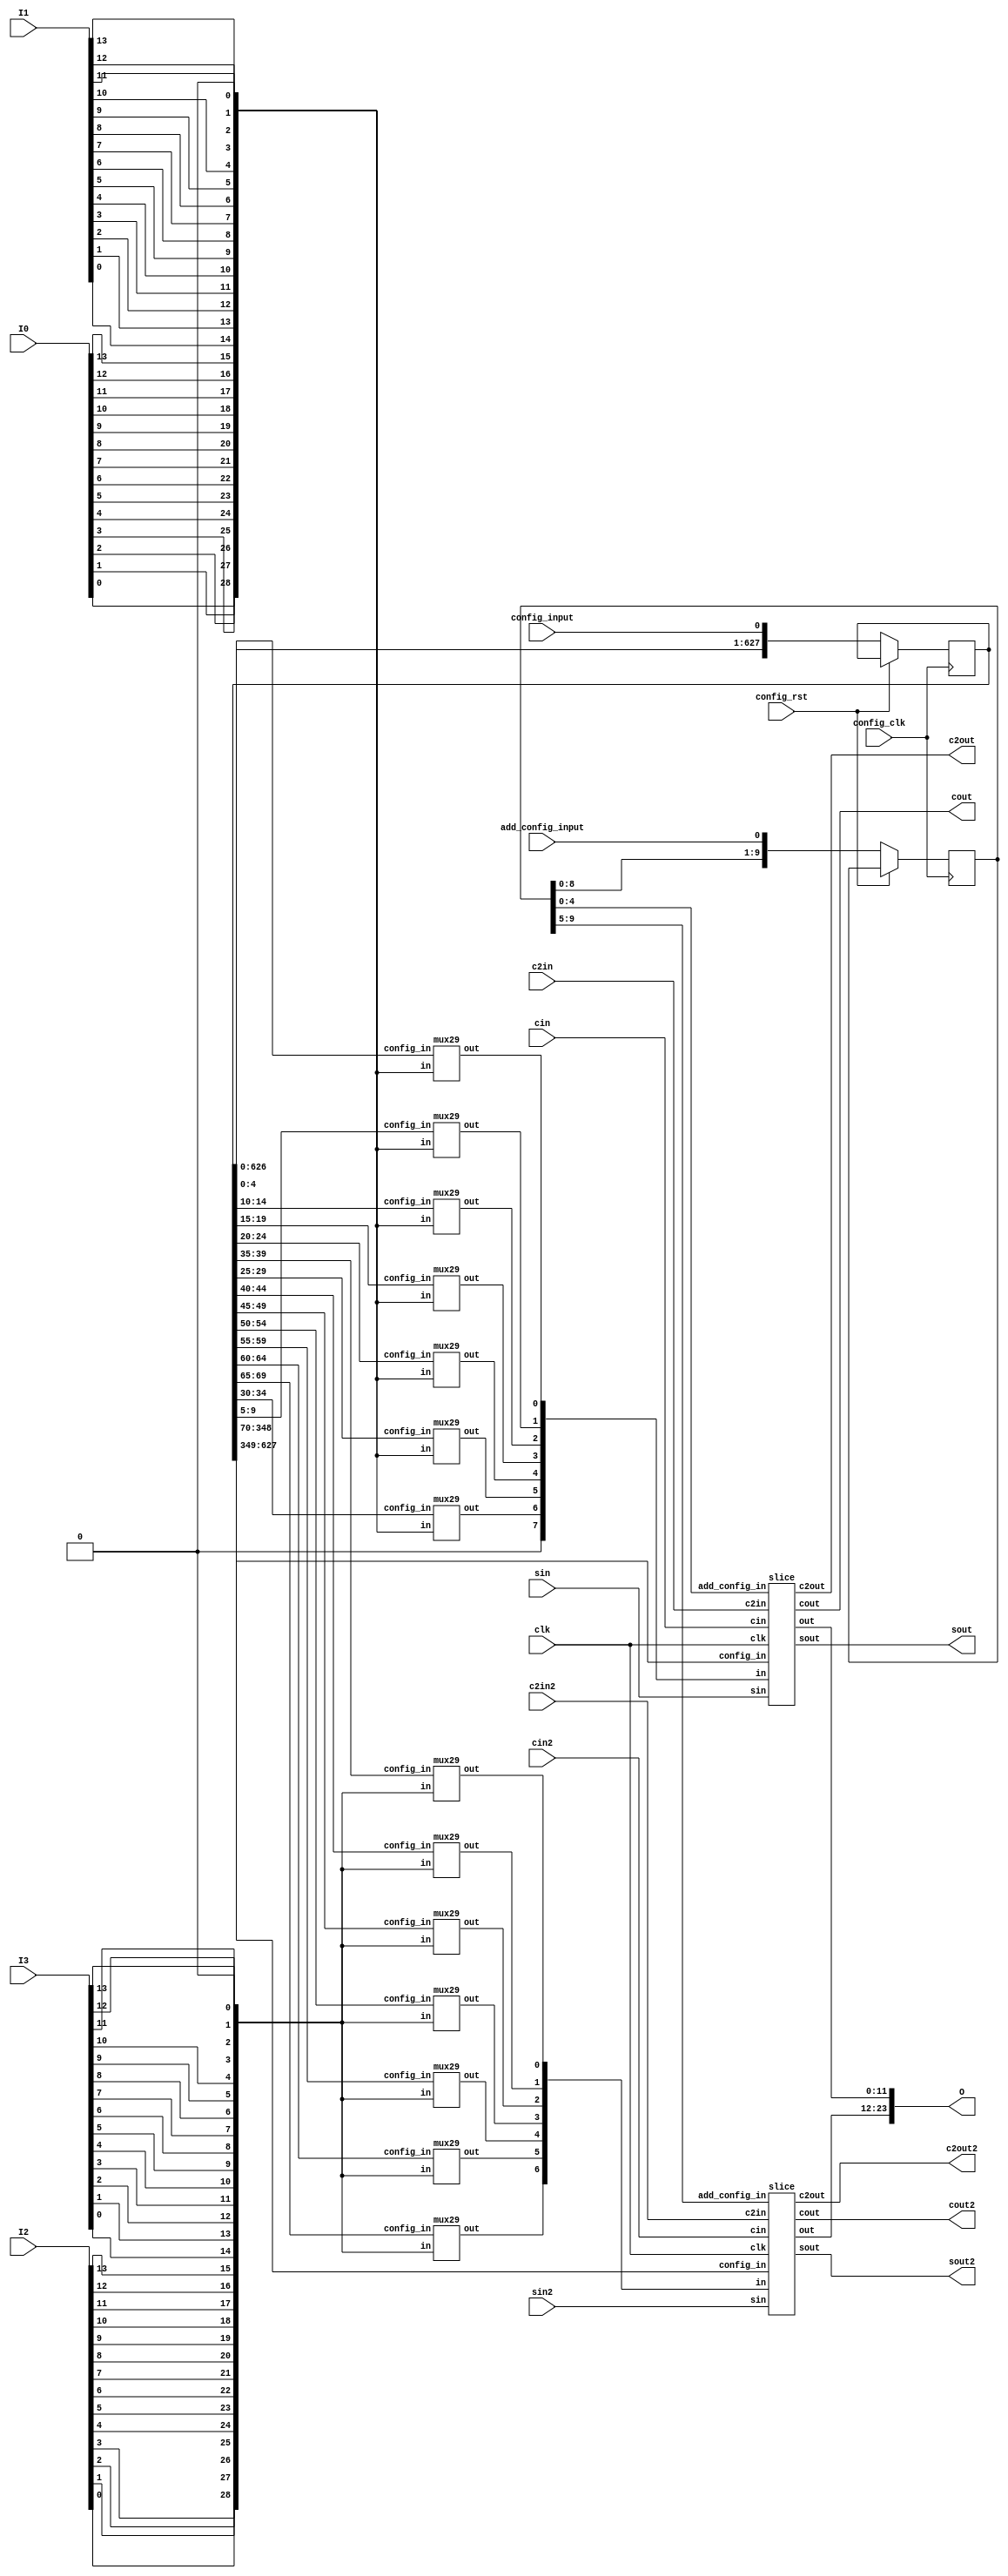
// 48 inputs to CLB
// 27 inputs to each 

/////////////////////////////////////////////////////
////////////////////// clb  /////////////////////////
/////////////////////////////////////////////////////
module clb (
	input [13:0]I0,
	input [13:0]I1,
	input [13:0]I2,
	input [13:0]I3,
	input [0:0]clk,
	input cin,
	output cout,
	input cin2,
	output cout2,
	input c2in,
	output c2out,
	input c2in2,
	output c2out2,
	input sin,
	output sout,
	input sin2,
	output sout2,
	output [23:0]O,
	input config_input,
	input add_config_input,
	input config_clk,
	input config_rst
);

reg [627:0]config_in;
reg [9:0]add_config_in;

always @ (posedge config_clk) begin
	if (!config_rst) begin
		config_in <= {config_in[626:0], config_input};
		add_config_in <= {add_config_in[8:0], add_config_input};
	end
end


////////child (0,0,0)////////
wire [27:0]in_notfle_0;//input to child
wire [0:0]clk_notfle_0;//clock to child
wire [11:0]out_notfle_0;//output from child
 
////////child (0,0,1)////////
wire [27:0]in_notfle_1;//input to child
wire [0:0]clk_notfle_1;//clock to child
wire [11:0]out_notfle_1;//output from child
 
wire ground;

mux29 mux_0 ( .in({I0[0], I0[1], I0[2], I0[3], I0[4], I0[5], I0[6], I0[7], I0[8], I0[9], I0[10], I0[11], I0[12], I0[13], I1[0], I1[1], I1[2], I1[3], I1[4], I1[5], I1[6], I1[7], I1[8], I1[9], I1[10], I1[11], I1[12], I1[13], ground}),  .config_in(config_in[ 0+:5]), .out(in_notfle_0[0]) );
mux29 mux_6 ( .in({I0[0], I0[1], I0[2], I0[3], I0[4], I0[5], I0[6], I0[7], I0[8], I0[9], I0[10], I0[11], I0[12], I0[13], I1[0], I1[1], I1[2], I1[3], I1[4], I1[5], I1[6], I1[7], I1[8], I1[9], I1[10], I1[11], I1[12], I1[13], ground}),  .config_in(config_in[ 5+:5]), .out(in_notfle_0[1]) );
mux29 mux_12 ( .in({I0[0], I0[1], I0[2], I0[3], I0[4], I0[5], I0[6], I0[7], I0[8], I0[9], I0[10], I0[11], I0[12], I0[13], I1[0], I1[1], I1[2], I1[3], I1[4], I1[5], I1[6], I1[7], I1[8], I1[9], I1[10], I1[11], I1[12], I1[13], ground}), .config_in(config_in[10+:5]), .out(in_notfle_0[2]) );
mux29 mux_18 ( .in({I0[0], I0[1], I0[2], I0[3], I0[4], I0[5], I0[6], I0[7], I0[8], I0[9], I0[10], I0[11], I0[12], I0[13], I1[0], I1[1], I1[2], I1[3], I1[4], I1[5], I1[6], I1[7], I1[8], I1[9], I1[10], I1[11], I1[12], I1[13], ground}), .config_in(config_in[15+:5]), .out(in_notfle_0[3]) );
mux29 mux_24 ( .in({I0[0], I0[1], I0[2], I0[3], I0[4], I0[5], I0[6], I0[7], I0[8], I0[9], I0[10], I0[11], I0[12], I0[13], I1[0], I1[1], I1[2], I1[3], I1[4], I1[5], I1[6], I1[7], I1[8], I1[9], I1[10], I1[11], I1[12], I1[13], ground}), .config_in(config_in[20+:5]), .out(in_notfle_0[4]) );
mux29 mux_30 ( .in({I0[0], I0[1], I0[2], I0[3], I0[4], I0[5], I0[6], I0[7], I0[8], I0[9], I0[10], I0[11], I0[12], I0[13], I1[0], I1[1], I1[2], I1[3], I1[4], I1[5], I1[6], I1[7], I1[8], I1[9], I1[10], I1[11], I1[12], I1[13], ground}), .config_in(config_in[25+:5]), .out(in_notfle_0[5]) );
mux29 mux_36 ( .in({I0[0], I0[1], I0[2], I0[3], I0[4], I0[5], I0[6], I0[7], I0[8], I0[9], I0[10], I0[11], I0[12], I0[13], I1[0], I1[1], I1[2], I1[3], I1[4], I1[5], I1[6], I1[7], I1[8], I1[9], I1[10], I1[11], I1[12], I1[13], ground}), .config_in(config_in[30+:5]), .out(in_notfle_0[6]) );
assign clk_notfle_0[0] = clk[0];
 

mux29 mux_298 ( .in({I2[0], I2[1], I2[2], I2[3], I2[4], I2[5], I2[6], I2[7], I2[8], I2[9], I2[10], I2[11], I2[12], I2[13], I3[0], I3[1], I3[2], I3[3], I3[4], I3[5], I3[6], I3[7], I3[8], I3[9], I3[10], I3[11], I3[12], I3[13], ground}), .config_in(config_in[35+:5]), .out(in_notfle_1[0]) );
mux29 mux_304 ( .in({I2[0], I2[1], I2[2], I2[3], I2[4], I2[5], I2[6], I2[7], I2[8], I2[9], I2[10], I2[11], I2[12], I2[13], I3[0], I3[1], I3[2], I3[3], I3[4], I3[5], I3[6], I3[7], I3[8], I3[9], I3[10], I3[11], I3[12], I3[13], ground}), .config_in(config_in[40+:5]), .out(in_notfle_1[1]) );
mux29 mux_310 ( .in({I2[0], I2[1], I2[2], I2[3], I2[4], I2[5], I2[6], I2[7], I2[8], I2[9], I2[10], I2[11], I2[12], I2[13], I3[0], I3[1], I3[2], I3[3], I3[4], I3[5], I3[6], I3[7], I3[8], I3[9], I3[10], I3[11], I3[12], I3[13], ground}), .config_in(config_in[45+:5]), .out(in_notfle_1[2]) );
mux29 mux_316 ( .in({I2[0], I2[1], I2[2], I2[3], I2[4], I2[5], I2[6], I2[7], I2[8], I2[9], I2[10], I2[11], I2[12], I2[13], I3[0], I3[1], I3[2], I3[3], I3[4], I3[5], I3[6], I3[7], I3[8], I3[9], I3[10], I3[11], I3[12], I3[13], ground}), .config_in(config_in[50+:5]), .out(in_notfle_1[3]) );
mux29 mux_322 ( .in({I2[0], I2[1], I2[2], I2[3], I2[4], I2[5], I2[6], I2[7], I2[8], I2[9], I2[10], I2[11], I2[12], I2[13], I3[0], I3[1], I3[2], I3[3], I3[4], I3[5], I3[6], I3[7], I3[8], I3[9], I3[10], I3[11], I3[12], I3[13], ground}), .config_in(config_in[55+:5]), .out(in_notfle_1[4]) );
mux29 mux_328 ( .in({I2[0], I2[1], I2[2], I2[3], I2[4], I2[5], I2[6], I2[7], I2[8], I2[9], I2[10], I2[11], I2[12], I2[13], I3[0], I3[1], I3[2], I3[3], I3[4], I3[5], I3[6], I3[7], I3[8], I3[9], I3[10], I3[11], I3[12], I3[13], ground}), .config_in(config_in[60+:5]), .out(in_notfle_1[5]) );
mux29 mux_334 ( .in({I2[0], I2[1], I2[2], I2[3], I2[4], I2[5], I2[6], I2[7], I2[8], I2[9], I2[10], I2[11], I2[12], I2[13], I3[0], I3[1], I3[2], I3[3], I3[4], I3[5], I3[6], I3[7], I3[8], I3[9], I3[10], I3[11], I3[12], I3[13], ground}), .config_in(config_in[65+:5]), .out(in_notfle_1[6]) );
assign clk_notfle_1[0] = clk[0];
 
slice slice_0 ( .sin(sin), .sout(sout), 
		.c2in(c2in), .c2out(c2out),
		.cin(cin), .cout(cout), .add_config_in(add_config_in[4:0]), 
		.clk(clk_notfle_0), .in(in_notfle_0), .out(out_notfle_0), 
		.config_in(config_in[348: 70]) ); //block instantiation
slice slice_1 ( .sin(sin2), .sout(sout2),
		.c2in(c2in2), .c2out(c2out2),
		.cin(cin2), .cout(cout2), .add_config_in(add_config_in[9:5]), 
		.clk(clk_notfle_1), .in(in_notfle_1), .out(out_notfle_1), 
		.config_in(config_in[627:349]) ); //block instantiation

//child output to block output
assign O[0] = out_notfle_0[0];
assign O[1] = out_notfle_0[1];
assign O[2] = out_notfle_0[2];
assign O[3] = out_notfle_0[3];
assign O[4] = out_notfle_0[4];
assign O[5] = out_notfle_0[5];
assign O[6] = out_notfle_0[6];
assign O[7] = out_notfle_0[7];
assign O[8] = out_notfle_0[8];
assign O[9] = out_notfle_0[9];
assign O[10] = out_notfle_0[10];
assign O[11] = out_notfle_0[11];
assign O[12] = out_notfle_1[0];
assign O[13] = out_notfle_1[1];
assign O[14] = out_notfle_1[2];
assign O[15] = out_notfle_1[3];
assign O[16] = out_notfle_1[4];
assign O[17] = out_notfle_1[5];
assign O[18] = out_notfle_1[6];
assign O[19] = out_notfle_1[7];
assign O[20] = out_notfle_1[8];
assign O[21] = out_notfle_1[9];
assign O[22] = out_notfle_1[10];
assign O[23] = out_notfle_1[11];

assign ground = 1'b0;

endmodule

/////////////////////////////////////////////////////
///////////////////// notfle /////////////////////////
/////////////////////////////////////////////////////
module slice (
	input [27:0]in,
	input [0:0]clk,
	output [11:0]out,
	input cin,
	output cout,
	input c2in,
	output c2out,
	input sin,
	output sout,
	input [4:0] add_config_in,
	input [278:0]config_in
);

////////child (0,0,0)////////
wire [5:0]in_ble6_0;//input to child
wire [0:0]clk_ble6_0;//clock to child
wire [1:0]out_ble6_0;//output from child
 
////////child (0,0,1)////////
wire [5:0]in_ble6_1;//input to child
wire [0:0]clk_ble6_1;//clock to child
wire [1:0]out_ble6_1;//output from child
 
////////child (0,0,2)////////
wire [5:0]in_ble6_2;//input to child
wire [0:0]clk_ble6_2;//clock to child
wire [1:0]out_ble6_2;//output from child
 
////////child (0,0,3)////////
wire [5:0]in_ble6_3;//input to child
wire [0:0]clk_ble6_3;//clock to child
wire [1:0]out_ble6_3;//output from child
 
wire ground;

assign in_ble6_0[0] = in[0];
assign in_ble6_0[1] = in[1];
assign in_ble6_0[2] = in[2];
assign in_ble6_0[3] = in[3];
assign in_ble6_0[4] = in[4];
assign in_ble6_0[5] = in[5];
assign clk_ble6_0[0] = clk[0];
 
assign in_ble6_1[0] = in[7];
assign in_ble6_1[1] = in[8];
assign in_ble6_1[2] = in[9];
assign in_ble6_1[3] = in[10];
assign in_ble6_1[4] = in[11];
assign in_ble6_1[5] = in[12];
assign clk_ble6_1[0] = clk[0];
 
assign in_ble6_2[0] = in[14];
assign in_ble6_2[1] = in[15];
assign in_ble6_2[2] = in[16];
assign in_ble6_2[3] = in[17];
assign in_ble6_2[4] = in[18];
assign in_ble6_2[5] = in[19];
assign clk_ble6_2[0] = clk[0];
 
assign in_ble6_3[0] = in[21];
assign in_ble6_3[1] = in[22];
assign in_ble6_3[2] = in[23];
assign in_ble6_3[3] = in[24];
assign in_ble6_3[4] = in[25];
assign in_ble6_3[5] = in[26];
assign clk_ble6_3[0] = clk[0];
 
// 4 fracturable LUTs
ble6 ble6_0 ( .clk(clk_ble6_0), .in(in_ble6_0), .out(out_ble6_0), .config_in(config_in[ 63: 0]) ); //block instantiation
ble6 ble6_1 ( .clk(clk_ble6_1), .in(in_ble6_1), .out(out_ble6_1), .config_in(config_in[127:64]) ); //block instantiation
ble6 ble6_2 ( .clk(clk_ble6_2), .in(in_ble6_2), .out(out_ble6_2), .config_in(config_in[191:128]) ); //block instantiation
ble6 ble6_3 ( .clk(clk_ble6_3), .in(in_ble6_3), .out(out_ble6_3), .config_in(config_in[255:192]) ); //block instantiation

// carry chain
wire [3:0] prop;
assign prop = {out_ble6_0[1], out_ble6_1[1], out_ble6_2[1], out_ble6_3[1]};
wire [3:0] gen;
assign gen = {out_ble6_0[0], out_ble6_1[0], out_ble6_2[0], out_ble6_3[0]};
wire [3:0] ix;
assign ix = {in[6], in[13], in[20], in[27]};

wire [3:0] sumout;
wire [3:0] carry;

carrychain_2b carrychain0 (
		.sin_slice(sin), .sout_slice(sout), 
		.add_config_in(add_config_in[4]),
		.c2in(c2in), .c2out_slice(c2out),
		.config_in(add_config_in[3:0]), .cout_slice(cout), 
		.cin(cin), .p(prop), .g(gen), .ix(ix), .sout(sumout), .cout(carry));

// extra MUXing for wider LUTs
wire lut7_bot, lut7_top, lut8;

assign lut7_bot = ix[0]? out_ble6_0[1] : out_ble6_1[1];
assign lut7_top = ix[2]? out_ble6_2[1] : out_ble6_3[1];
assign lut8 = ix[1]? lut7_bot : lut7_top;

// FF
wire D_ff_0, D_ff_1, D_ff_2, D_ff_3;
wire Q_ff_0, Q_ff_1, Q_ff_2, Q_ff_3;

mux6 mux6_out0 (.in({out_ble6_0, ix[0], sumout[0], carry[0], lut7_bot}),
	.out(D_ff_0), .config_in(config_in[258:256]));
mux6 mux6_out1 (.in({out_ble6_1, ix[1], sumout[1], carry[1], lut8}),
	.out(D_ff_1), .config_in(config_in[261:259]));
mux6 mux6_out2 (.in({out_ble6_2, ix[2], sumout[2], carry[2], lut7_top}),
	.out(D_ff_2), .config_in(config_in[264:262]));
mux5 mux5_out3 (.in({out_ble6_3, ix[3], sumout[3], carry[3]}),
	.out(D_ff_3), .config_in(config_in[267:265]));

ff ff_0 ( .clk(clk), .D(D_ff_0), .Q(Q_ff_0) );
ff ff_1 ( .clk(clk), .D(D_ff_1), .Q(Q_ff_1) );
ff ff_2 ( .clk(clk), .D(D_ff_2), .Q(Q_ff_2) );
ff ff_3 ( .clk(clk), .D(D_ff_3), .Q(Q_ff_3) );

assign out[1] = Q_ff_0;
assign out[3] = Q_ff_1;
assign out[5] = Q_ff_2;
assign out[7] = Q_ff_3;

mux5 mux5_out0 (.in({out_ble6_0, sumout[0], carry[0], lut7_bot}),
	.out(out[0]), .config_in(config_in[270:268]));
mux5 mux5_out1 (.in({out_ble6_1, sumout[1], carry[1], lut8}),
	.out(out[2]), .config_in(config_in[273:271]));
mux5 mux5_out2 (.in({out_ble6_2, sumout[2], carry[2], lut7_top}),
	.out(out[4]), .config_in(config_in[276:274]));
mux4 mux4_out3 (.in({out_ble6_3, sumout[3], carry[3]}),
	.out(out[5]), .config_in(config_in[278:277]));

assign ground = 1'b0;

endmodule



/////////////////////////////////////////////////////
///////////////////// carry /////////////////////////
/////////////////////////////////////////////////////


// Delay focussed carrychain
// 1. you could create 4 extra XORs where sumout and p are hard wired
// 2. you could create 4 MUXes controlled by p signal to select cin or !cin
// I chose to do 1st way.
module carrychain_1b (
	input [3:0]config_in,
	input sin_slice,
	output sout_slice,
	input cin,
	input [3:0]p,
	input [3:0]g,
	input [3:0]ix,
	output [3:0]sout,
	output [3:0]cout,
	output cout_slice
);

wire [3:0]gen;
assign gen[0] = config_in[0] ? g[0] : ix[0];
assign gen[1] = config_in[1] ? g[1] : ix[1];
assign gen[2] = config_in[2] ? g[2] : ix[2];
assign gen[3] = config_in[3] ? g[3] : ix[3];

wire [3:0]cout_internal;
wire [3:0]sout_internal;

assign cout[0] = p[0] ? gen[0] : cin;
assign cout[1] = p[1] ? gen[1] : cout[0];
assign cout[2] = p[2] ? gen[2] : cout[1];
assign cout[3] = p[3] ? gen[3] : cout[2];

assign sout[0] = p[0] ^ cin;    
assign sout[1] = p[1] ^ cout[0];
assign sout[2] = p[2] ^ cout[1];
assign sout[3] = p[3] ^ cout[2];

assign cout_slice = cout[3];

wire [3:0]sin_internal;

assign sin_internal[0] = sin_slice       ^ p[0];
assign sin_internal[1] = sin_internal[0] ^ p[1];
assign sin_internal[2] = sin_internal[1] ^ p[2];
assign sout_slice      = sin_internal[2] ^ p[3];

endmodule



// Area focussed
// Adding 4 more MUX
// 2 adders 
module carrychain_2a (
	input [3:0]config_in,
	input add_config_in,
	input cin,
	output cout_slice,
	input c2in,
	output c2out_slice,
	input [3:0]p,
	input [3:0]g,
	input [3:0]ix,
	output [3:0]sout,
	output [3:0]cout
);

wire [3:0]gen;
assign gen[0] = config_in[0] ? g[0] : ix[0];
assign gen[1] = config_in[1] ? g[1] : ix[1];
assign gen[2] = config_in[2] ? g[2] : ix[2];
assign gen[3] = config_in[3] ? g[3] : ix[3];

wire [3:0]cout_internal;
wire [3:0]sout_internal;
wire [3:0]cin_internal;

assign cin_internal[0] = cin; 
assign cin_internal[1] = add_config_in ? sout_internal[0] : cout[0];
assign cin_internal[2] = add_config_in ? sout_internal[1] : cout[1];
assign cin_internal[3] = add_config_in ? sout_internal[2] : cout[2];

assign cout[0] = p[0] ? gen[0] : cin_internal[0];
assign cout[1] = p[1] ? gen[1] : cin_internal[1];
assign cout[2] = p[2] ? gen[2] : cin_internal[2];
assign cout[3] = p[3] ? gen[3] : cin_internal[3];

assign sout_internal[0] = p[0] ^ cin_internal[0];
assign sout_internal[1] = p[1] ^ cin_internal[1];
assign sout_internal[2] = p[2] ^ cin_internal[2];
assign sout_internal[3] = p[3] ^ cin_internal[3];

wire temp_cout;
wire [1:0]temp_sum;

adder adder0 (.x(cout[0]), .y(cout[1]), .cin(c2in), .cout(temp_sum[0]), .s(temp_cout));
adder adder1 (.x(cout[2]), .y(cout[3]), .cin(temp_cout), .cout(temp_sum[1]), .s(c2out_slice));

assign cout_slice = add_config_in ? sout[3] : cout[3];

assign sout[0] = add_config_in ? temp_sum[0] : sout_internal[0];
assign sout[2] = add_config_in ? temp_sum[1] : sout_internal[2];
assign sout[1] = sout_internal[1];
assign sout[3] = sout_internal[3];

endmodule

// Delay focussed carrychain
// Create 4 extra XORs where sumout and p are hard wired
// 2 adders
module carrychain_2b (
	input [3:0]config_in,
	input add_config_in,
	input sin_slice,
	output sout_slice,
	input c2in,
	output c2out_slice,
	input cin,
	output cout_slice,
	input [3:0]p,
	input [3:0]g,
	input [3:0]ix,
	output [3:0]sout,
	output [3:0]cout
);

wire [3:0]gen;
assign gen[0] = config_in[0] ? g[0] : ix[0];
assign gen[1] = config_in[1] ? g[1] : ix[1];
assign gen[2] = config_in[2] ? g[2] : ix[2];
assign gen[3] = config_in[3] ? g[3] : ix[3];

wire [3:0]cout_internal;
wire [3:0]sout_internal;

assign cout[0] = p[0] ? gen[0] : cin;
assign cout[1] = p[1] ? gen[1] : cout[0];
assign cout[2] = p[2] ? gen[2] : cout[1];
assign cout[3] = p[3] ? gen[3] : cout[2];

assign sout_internal[0] = p[0] ^ cin;    
assign sout_internal[1] = p[1] ^ cout[0];
assign sout_internal[2] = p[2] ^ cout[1];
assign sout_internal[3] = p[3] ^ cout[2];


wire [3:0]sin_internal;

assign sin_internal[0] = sin_slice       ^ p[0];
assign sin_internal[1] = sin_internal[0] ^ p[1];
assign sin_internal[2] = sin_internal[1] ^ p[2];
assign sout_slice      = sin_internal[2] ^ p[3];

wire temp_cout;
wire [1:0]temp_sum;

adder adder0 (.x(cout[0]), .y(cout[1]), .cin(c2in), .cout(temp_sum[0]), .s(temp_cout));
adder adder1 (.x(cout[2]), .y(cout[3]), .cin(temp_cout), .cout(temp_sum[1]), .s(c2out_slice));

assign cout_slice = cout[3];

assign sout[0] = add_config_in ? temp_sum[0] : sout_internal[0];
assign sout[2] = add_config_in ? temp_sum[1] : sout_internal[2];
assign sout[1] = sout_internal[1];
assign sout[3] = sout_internal[3];

endmodule


// Area focussed
// Adding 4 more MUX 
module carrychain_1a (
	input [3:0]config_in,
	input add_config_in,
	input cin,
	input [3:0]p,
	input [3:0]g,
	input [3:0]ix,
	output [3:0]sout,
	output [3:0]cout,
	output cout_slice
);

wire [3:0]gen;
assign gen[0] = config_in[0] ? g[0] : ix[0];
assign gen[1] = config_in[1] ? g[1] : ix[1];
assign gen[2] = config_in[2] ? g[2] : ix[2];
assign gen[3] = config_in[3] ? g[3] : ix[3];

wire [3:0]cout_internal;
wire [3:0]sout_internal;
wire [3:0]cin_internal;

assign cin_internal[0] = cin; 
assign cin_internal[1] = add_config_in ? sout[0] : cout[0];
assign cin_internal[2] = add_config_in ? sout[1] : cout[1];
assign cin_internal[3] = add_config_in ? sout[2] : cout[2];

assign cout[0] = p[0] ? gen[0] : cin_internal[0];
assign cout[1] = p[1] ? gen[1] : cin_internal[1];
assign cout[2] = p[2] ? gen[2] : cin_internal[2];
assign cout[3] = p[3] ? gen[3] : cin_internal[3];

assign sout[0] = p[0] ^ cin_internal[0];
assign sout[1] = p[1] ^ cin_internal[1];
assign sout[2] = p[2] ^ cin_internal[2];
assign sout[3] = p[3] ^ cin_internal[3];

assign cout_slice = add_config_in ? sout[3] : cout[3];

endmodule

module carrychain (
	input [3:0]config_in,
	input cin,
	input [3:0]p,
	input [3:0]g,
	input [3:0]ix,
	output [3:0]sout,
	output [3:0]cout,
	output cout_slice
);

wire [3:0]gen;
assign gen[0] = config_in[0] ? g[0] : ix[0];
assign gen[1] = config_in[1] ? g[1] : ix[1];
assign gen[2] = config_in[2] ? g[2] : ix[2];
assign gen[3] = config_in[3] ? g[3] : ix[3];

assign cout[0] = p[0] ? gen[0] : cin;
assign cout[1] = p[1] ? gen[1] : cout[0];
assign cout[2] = p[2] ? gen[2] : cout[1];
assign cout[3] = p[3] ? gen[3] : cout[2];

assign sout[0] = p[0] ^ cin;
assign sout[1] = p[1] ^ cout[0];
assign sout[2] = p[2] ^ cout[1];
assign sout[3] = p[3] ^ cout[2];

assign cout_slice = cout[3];

endmodule


/////////////////////////////////////////////////////
///////////////////// ble6 /////////////////////////
/////////////////////////////////////////////////////
module ble6 (
	input [5:0]in,
	input [0:0]clk,
	output [1:0]out, // [1] is O6 and [0] is O5
	input [63:0]config_in
);

////////child (0,0,0)////////
wire [5:0]in_lut5_0;//input to child
wire [0:0]out_lut5_0;//output from child
wire [0:0]out_lut5_1;//output from child
 
wire ground;

assign in_lut5_0[0] = in[0];
assign in_lut5_0[1] = in[1];
assign in_lut5_0[2] = in[2];
assign in_lut5_0[3] = in[3];
assign in_lut5_0[4] = in[4];
assign in_lut5_0[5] = in[5];
 
lut5 lut5_0 ( .in(in_lut5_0[4:0]), .out(out_lut5_0), .config_in(config_in[31:0]) ); //block instantiation
lut5 lut5_1 ( .in(in_lut5_0[4:0]), .out(out_lut5_1), .config_in(config_in[63:32]) ); //block instantiation

assign out[0] = out_lut5_0;
assign out[1] = in_lut5_0[5] ? out_lut5_0 : out_lut5_1;

endmodule

////////////////////////////////////////////////////
///////////////////// adder /////////////////////////
/////////////////////////////////////////////////////
module adder(x,y,cin,cout,s);

input x, y, cin;
output s, cout;

assign {cout,s} = x+y+cin;

endmodule


/////////////////////////////////////////////////////
///////////////////// ff /////////////////////////
/////////////////////////////////////////////////////
module ff ( input D, input reset, input clk, output reg Q );

always @ (posedge clk) begin
	if (!reset)
		Q <= 1'b0;
	else
		Q <= D;
end

endmodule

/////////////////////////////////////////////////////
///////////////////// mux2_inner /////////////////////////
/////////////////////////////////////////////////////

module mux2_prop (
	input [1:0]in,
	input [0:0]config_in,
	input config_rst,
	output out
);

assign out = config_in[0]? in[1] : in[0];

endmodule

module mux2_gen (
	input [1:0]in,
	input [0:0]config_in,
	input config_rst,
	output out
);

assign out = config_in[0]? in[1] : in[0];

endmodule


module mux2_lut5_0(
	input [1:0]in,
	input [0:0]config_in,
	input config_rst,
	output out
);

assign out = config_in[0]? in[1] : in[0];

endmodule
module mux2_lut5_1 (
	input [1:0]in,
	input [0:0]config_in,
	input config_rst,
	output out
);

assign out = config_in[0]? in[1] : in[0];

endmodule
module mux2_flut (
	input [1:0]in,
	input [0:0]config_in,
	input config_rst,
	output out
);

assign out = config_in[0]? in[1] : in[0];

endmodule
module mux2_lut6 (
	input [1:0]in,
	input [0:0]config_in,
	input config_rst,
	output out
);

assign out = config_in[0]? in[1] : in[0];

endmodule
module mux2_bypass (
	input [1:0]in,
	input [0:0]config_in,
	input config_rst,
	output out
);

assign out = config_in[0]? in[1] : in[0];

endmodule
module mux2_adder (
	input [1:0]in,
	input [0:0]config_in,
	input config_rst,
	output out
);

assign out = config_in[0]? in[1] : in[0];

endmodule
module mux2_swap (
	input [1:0]in,
	input [0:0]config_in,
	input config_rst,
	output out
);

assign out = config_in[0]? in[1] : in[0];

endmodule

module mux2_inner (
	input [1:0]in,
	input [0:0]config_in,
	input config_rst,
	output reg out
);

always @ (*) begin
	if (config_rst) begin
		out = 1'b1;
	end else begin
		case(config_in)
			1'd0: out = in[0];
			1'd1: out = in[1];
			default: out = 1'b1;
		endcase
	end
end

endmodule

/////////////////////////////////////////////////////
///////////////////// lut6 /////////////////////////
/////////////////////////////////////////////////////
module lut5 ( input [31:0]config_in, input [4:0]in, output reg out );

wire [4:0]in_flip;
assign in_flip = {in[0], in[1], in[2], in[3], in[4]};

always @ (*) begin: MUX
	case(in_flip)
		5'd0: out = config_in[0];
		5'd1: out = config_in[1];
		5'd2: out = config_in[2];
		5'd3: out = config_in[3];
		5'd4: out = config_in[4];
		5'd5: out = config_in[5];
		5'd6: out = config_in[6];
		5'd7: out = config_in[7];
		5'd8: out = config_in[8];
		5'd9: out = config_in[9];
		5'd10: out = config_in[10];
		5'd11: out = config_in[11];
		5'd12: out = config_in[12];
		5'd13: out = config_in[13];
		5'd14: out = config_in[14];
		5'd15: out = config_in[15];
		5'd16: out = config_in[16];
		5'd17: out = config_in[17];
		5'd18: out = config_in[18];
		5'd19: out = config_in[19];
		5'd20: out = config_in[20];
		5'd21: out = config_in[21];
		5'd22: out = config_in[22];
		5'd23: out = config_in[23];
		5'd24: out = config_in[24];
		5'd25: out = config_in[25];
		5'd26: out = config_in[26];
		5'd27: out = config_in[27];
		5'd28: out = config_in[28];
		5'd29: out = config_in[29];
		5'd30: out = config_in[30];
		5'd31: out = config_in[31];
	endcase
end

endmodule
module lut6 ( input [63:0]config_in, input [5:0]in, output reg out );

wire [5:0]in_flip;
assign in_flip = {in[0], in[1], in[2], in[3], in[4], in[5]};

always @ (*) begin: MUX
	case(in_flip)
		6'd0: out = config_in[0];
		6'd1: out = config_in[1];
		6'd2: out = config_in[2];
		6'd3: out = config_in[3];
		6'd4: out = config_in[4];
		6'd5: out = config_in[5];
		6'd6: out = config_in[6];
		6'd7: out = config_in[7];
		6'd8: out = config_in[8];
		6'd9: out = config_in[9];
		6'd10: out = config_in[10];
		6'd11: out = config_in[11];
		6'd12: out = config_in[12];
		6'd13: out = config_in[13];
		6'd14: out = config_in[14];
		6'd15: out = config_in[15];
		6'd16: out = config_in[16];
		6'd17: out = config_in[17];
		6'd18: out = config_in[18];
		6'd19: out = config_in[19];
		6'd20: out = config_in[20];
		6'd21: out = config_in[21];
		6'd22: out = config_in[22];
		6'd23: out = config_in[23];
		6'd24: out = config_in[24];
		6'd25: out = config_in[25];
		6'd26: out = config_in[26];
		6'd27: out = config_in[27];
		6'd28: out = config_in[28];
		6'd29: out = config_in[29];
		6'd30: out = config_in[30];
		6'd31: out = config_in[31];
		6'd32: out = config_in[32];
		6'd33: out = config_in[33];
		6'd34: out = config_in[34];
		6'd35: out = config_in[35];
		6'd36: out = config_in[36];
		6'd37: out = config_in[37];
		6'd38: out = config_in[38];
		6'd39: out = config_in[39];
		6'd40: out = config_in[40];
		6'd41: out = config_in[41];
		6'd42: out = config_in[42];
		6'd43: out = config_in[43];
		6'd44: out = config_in[44];
		6'd45: out = config_in[45];
		6'd46: out = config_in[46];
		6'd47: out = config_in[47];
		6'd48: out = config_in[48];
		6'd49: out = config_in[49];
		6'd50: out = config_in[50];
		6'd51: out = config_in[51];
		6'd52: out = config_in[52];
		6'd53: out = config_in[53];
		6'd54: out = config_in[54];
		6'd55: out = config_in[55];
		6'd56: out = config_in[56];
		6'd57: out = config_in[57];
		6'd58: out = config_in[58];
		6'd59: out = config_in[59];
		6'd60: out = config_in[60];
		6'd61: out = config_in[61];
		6'd62: out = config_in[62];
		6'd63: out = config_in[63];
	endcase
end

endmodule

/////////////////////////////////////////////////////
///////////////////// mux33 /////////////////////////
/////////////////////////////////////////////////////
module mux29 (
	input [28:0]in,
	output reg out,
	input [4:0]config_in,
	input config_rst
);

always @ (*) begin: MUX
	case(config_in)
		5'd0: out = in[0];
		5'd1: out = in[1];
		5'd2: out = in[2];
		5'd3: out = in[3];
		5'd4: out = in[4];
		5'd5: out = in[5];
		5'd6: out = in[6];
		5'd7: out = in[7];
		5'd8: out = in[8];
		5'd9: out = in[9];
		5'd10: out = in[10];
		5'd11: out = in[11];
		5'd12: out = in[12];
		5'd13: out = in[13];
		5'd14: out = in[14];
		5'd15: out = in[15];
		5'd16: out = in[16];
		5'd17: out = in[17];
		5'd18: out = in[18];
		5'd19: out = in[19];
		5'd20: out = in[20];
		5'd21: out = in[21];
		5'd22: out = in[22];
		5'd23: out = in[23];
		5'd24: out = in[24];
		5'd25: out = in[25];
		5'd26: out = in[26];
		5'd27: out = in[27];
		5'd28: out = in[28];
		default: out = 1'b0;
	endcase
end

endmodule

module mux6 (
	input [5:0]in,
	output reg out,
	input [2:0]config_in
);
always @ (*) begin: MUX
	case(config_in)
		3'd0: out = in[0];
		3'd1: out = in[1];
		3'd2: out = in[2];
		3'd3: out = in[3];
		3'd4: out = in[4];
		3'd5: out = in[5];
		default: out = 1'b0;
	endcase
end
endmodule 

module mux5 (
	input [4:0]in,
	output reg out,
	input [2:0]config_in
);
always @ (*) begin: MUX
	case(config_in)
		3'd0: out = in[0];
		3'd1: out = in[1];
		3'd2: out = in[2];
		3'd3: out = in[3];
		3'd4: out = in[4];
		default: out = 1'b0;
	endcase
end
endmodule

module mux4 (
	input [3:0]in,
	output reg out,
	input [1:0]config_in
);
always @ (*) begin: MUX
	case(config_in)
		2'd0: out = in[0];
		2'd1: out = in[1];
		2'd2: out = in[2];
		2'd3: out = in[3];
		default: out = 1'b0;
	endcase
end
endmodule